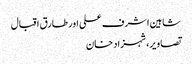
شاہین اشرف علی اور طارق اقبال
تصاویر، شہزاد خان